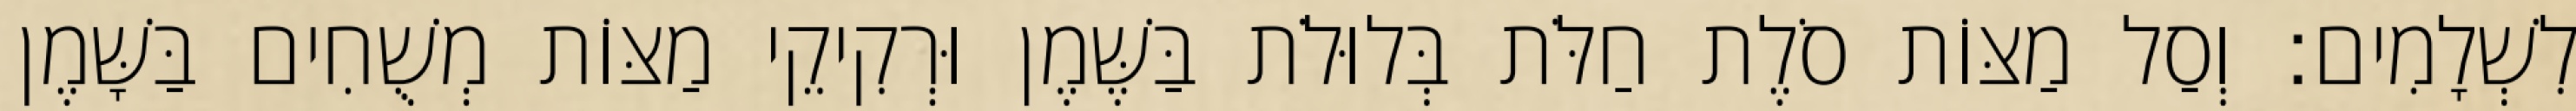
לִשְׁלָמִים׃ וְסַל מַצּוֹת סֹלֶת חַלֹּת בְּלוּלֹת בַּשֶּׁמֶן וּרְקִיקֵי מַצּוֹת מְשֻׁחִים בַּשָּׁמֶן